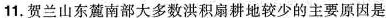
11.贺兰山东麓南部大多数洪积扇耕地较少的主要原因是